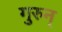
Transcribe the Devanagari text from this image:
गुरुन्